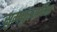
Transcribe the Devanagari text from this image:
सुमधुरवादिता